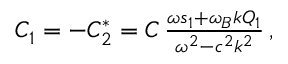
\begin{array} { r } { C _ { 1 } = - C _ { 2 } ^ { * } = C \, \frac { \omega s _ { 1 } + \omega _ { B } k Q _ { 1 } } { \omega ^ { 2 } - c ^ { 2 } k ^ { 2 } } \, , } \end{array}